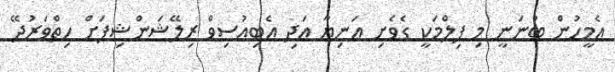
އެމީހުން ބުނަނީ މި ފިލްމަކީ ގެވެށި އަނިޔާ އަދި އެބިއުސިވް ރިލޭޝަންޝިޕަށް ހިތްވަރުދޭ